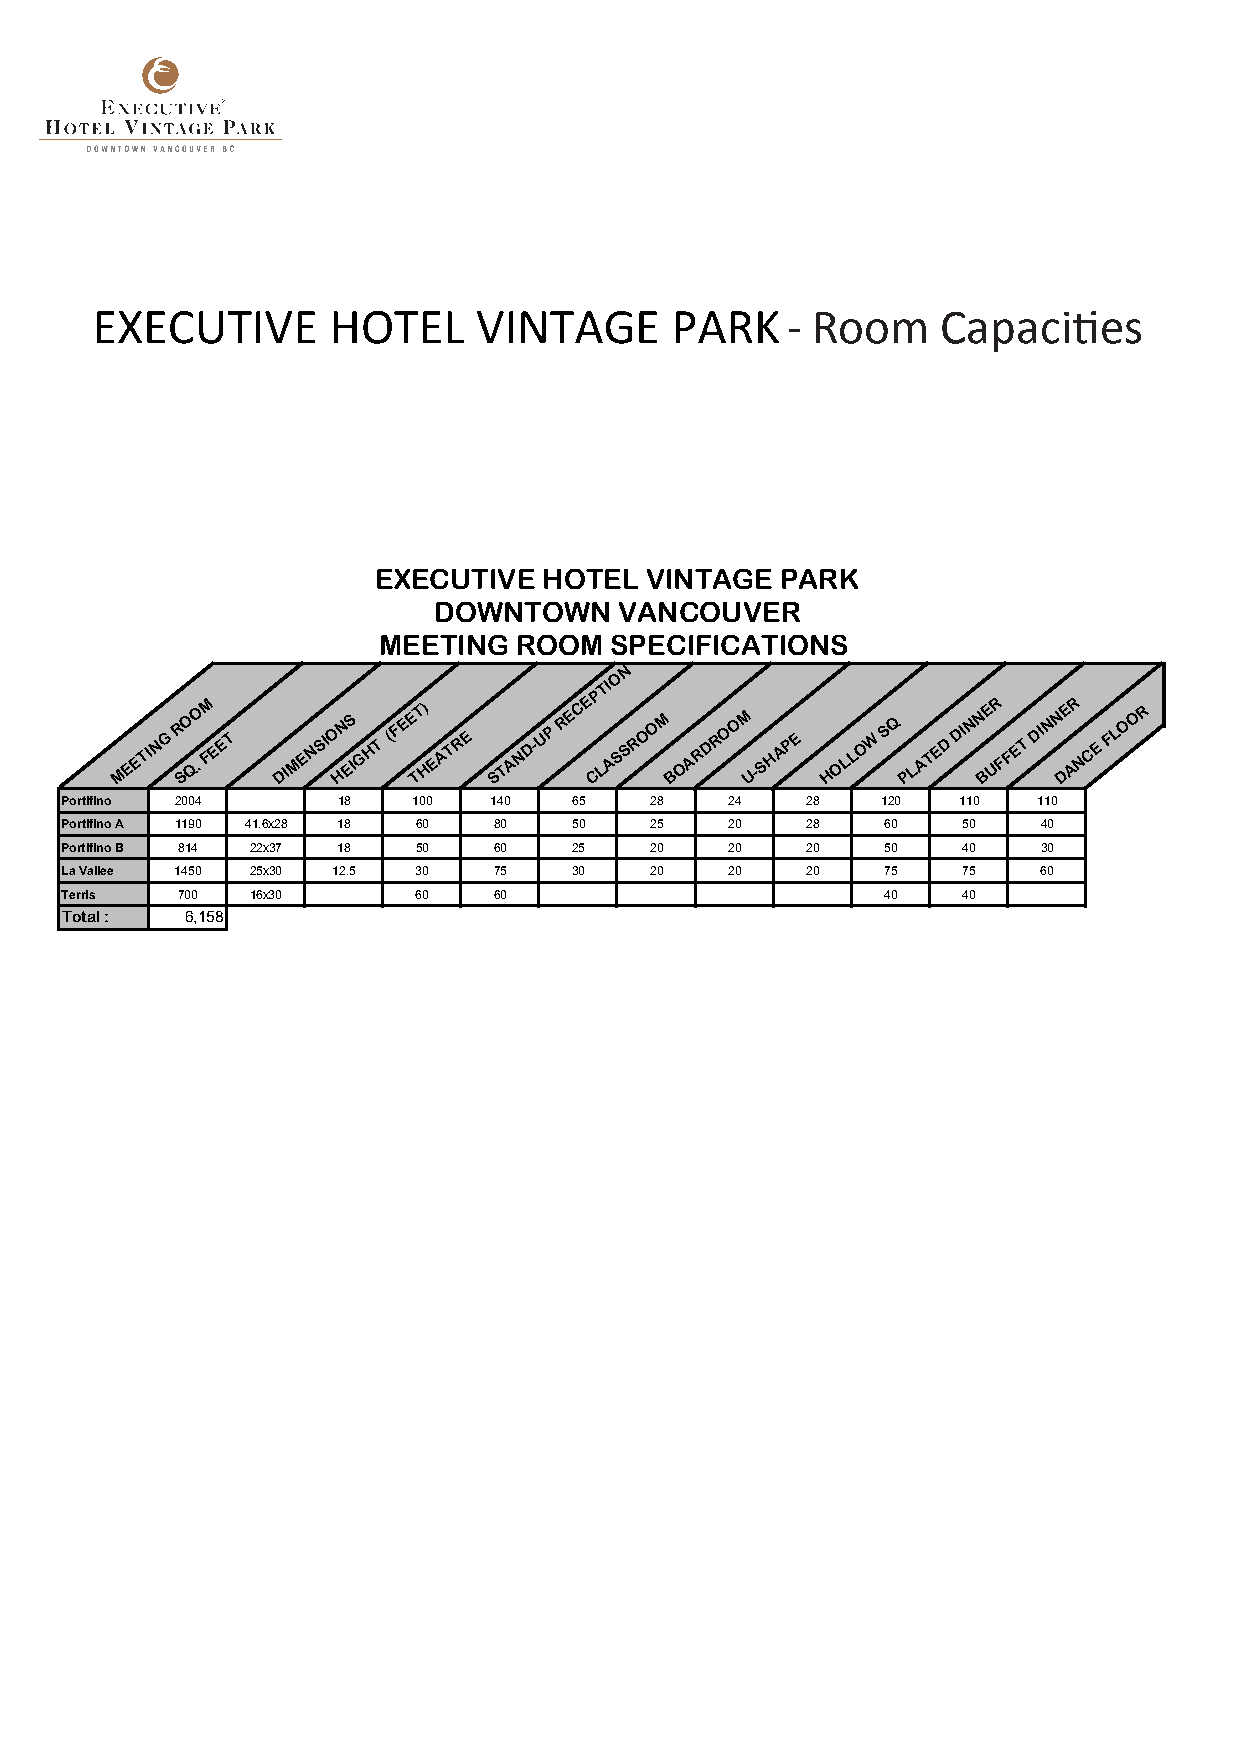
EXECUTIVE       HOTEL    VINTAGE      PARK    - Room    Capacities
 EXECUTIVE  HOTEL  VINTAGE  PARK
 DOWNTOWN    VANCOUVER
 MEETING  ROOM  SPECIFICATIONS
 N
 O
 PTI
 M E ETIN G R SO Q.O FM E ET DIM E N SIO HN ES IG H T (FE E TT) H E A T R E ST A N D-U P R E C E C LA S S R O O M B O A R D R O O M U-S H A P E H O LL O W S Q PLA TE D DIN N BE UR FFET DIN N DE AR N C E FL O O R
 Portifino 2004    18   100  140   65   28   24   28   120  110   110
 Portifino A 1190 41.6x28 18 60 80 50   25   20   28    60   50   40
 Portifino B 814 22x37 18 50  60   25   20   20   20    50   40   30
 La Vallee 1450 25x30 12.5 30 75   30   20   20   20    75   75   60
 Terris  700  16x30     60    60                       40    40
 Total : 6,158